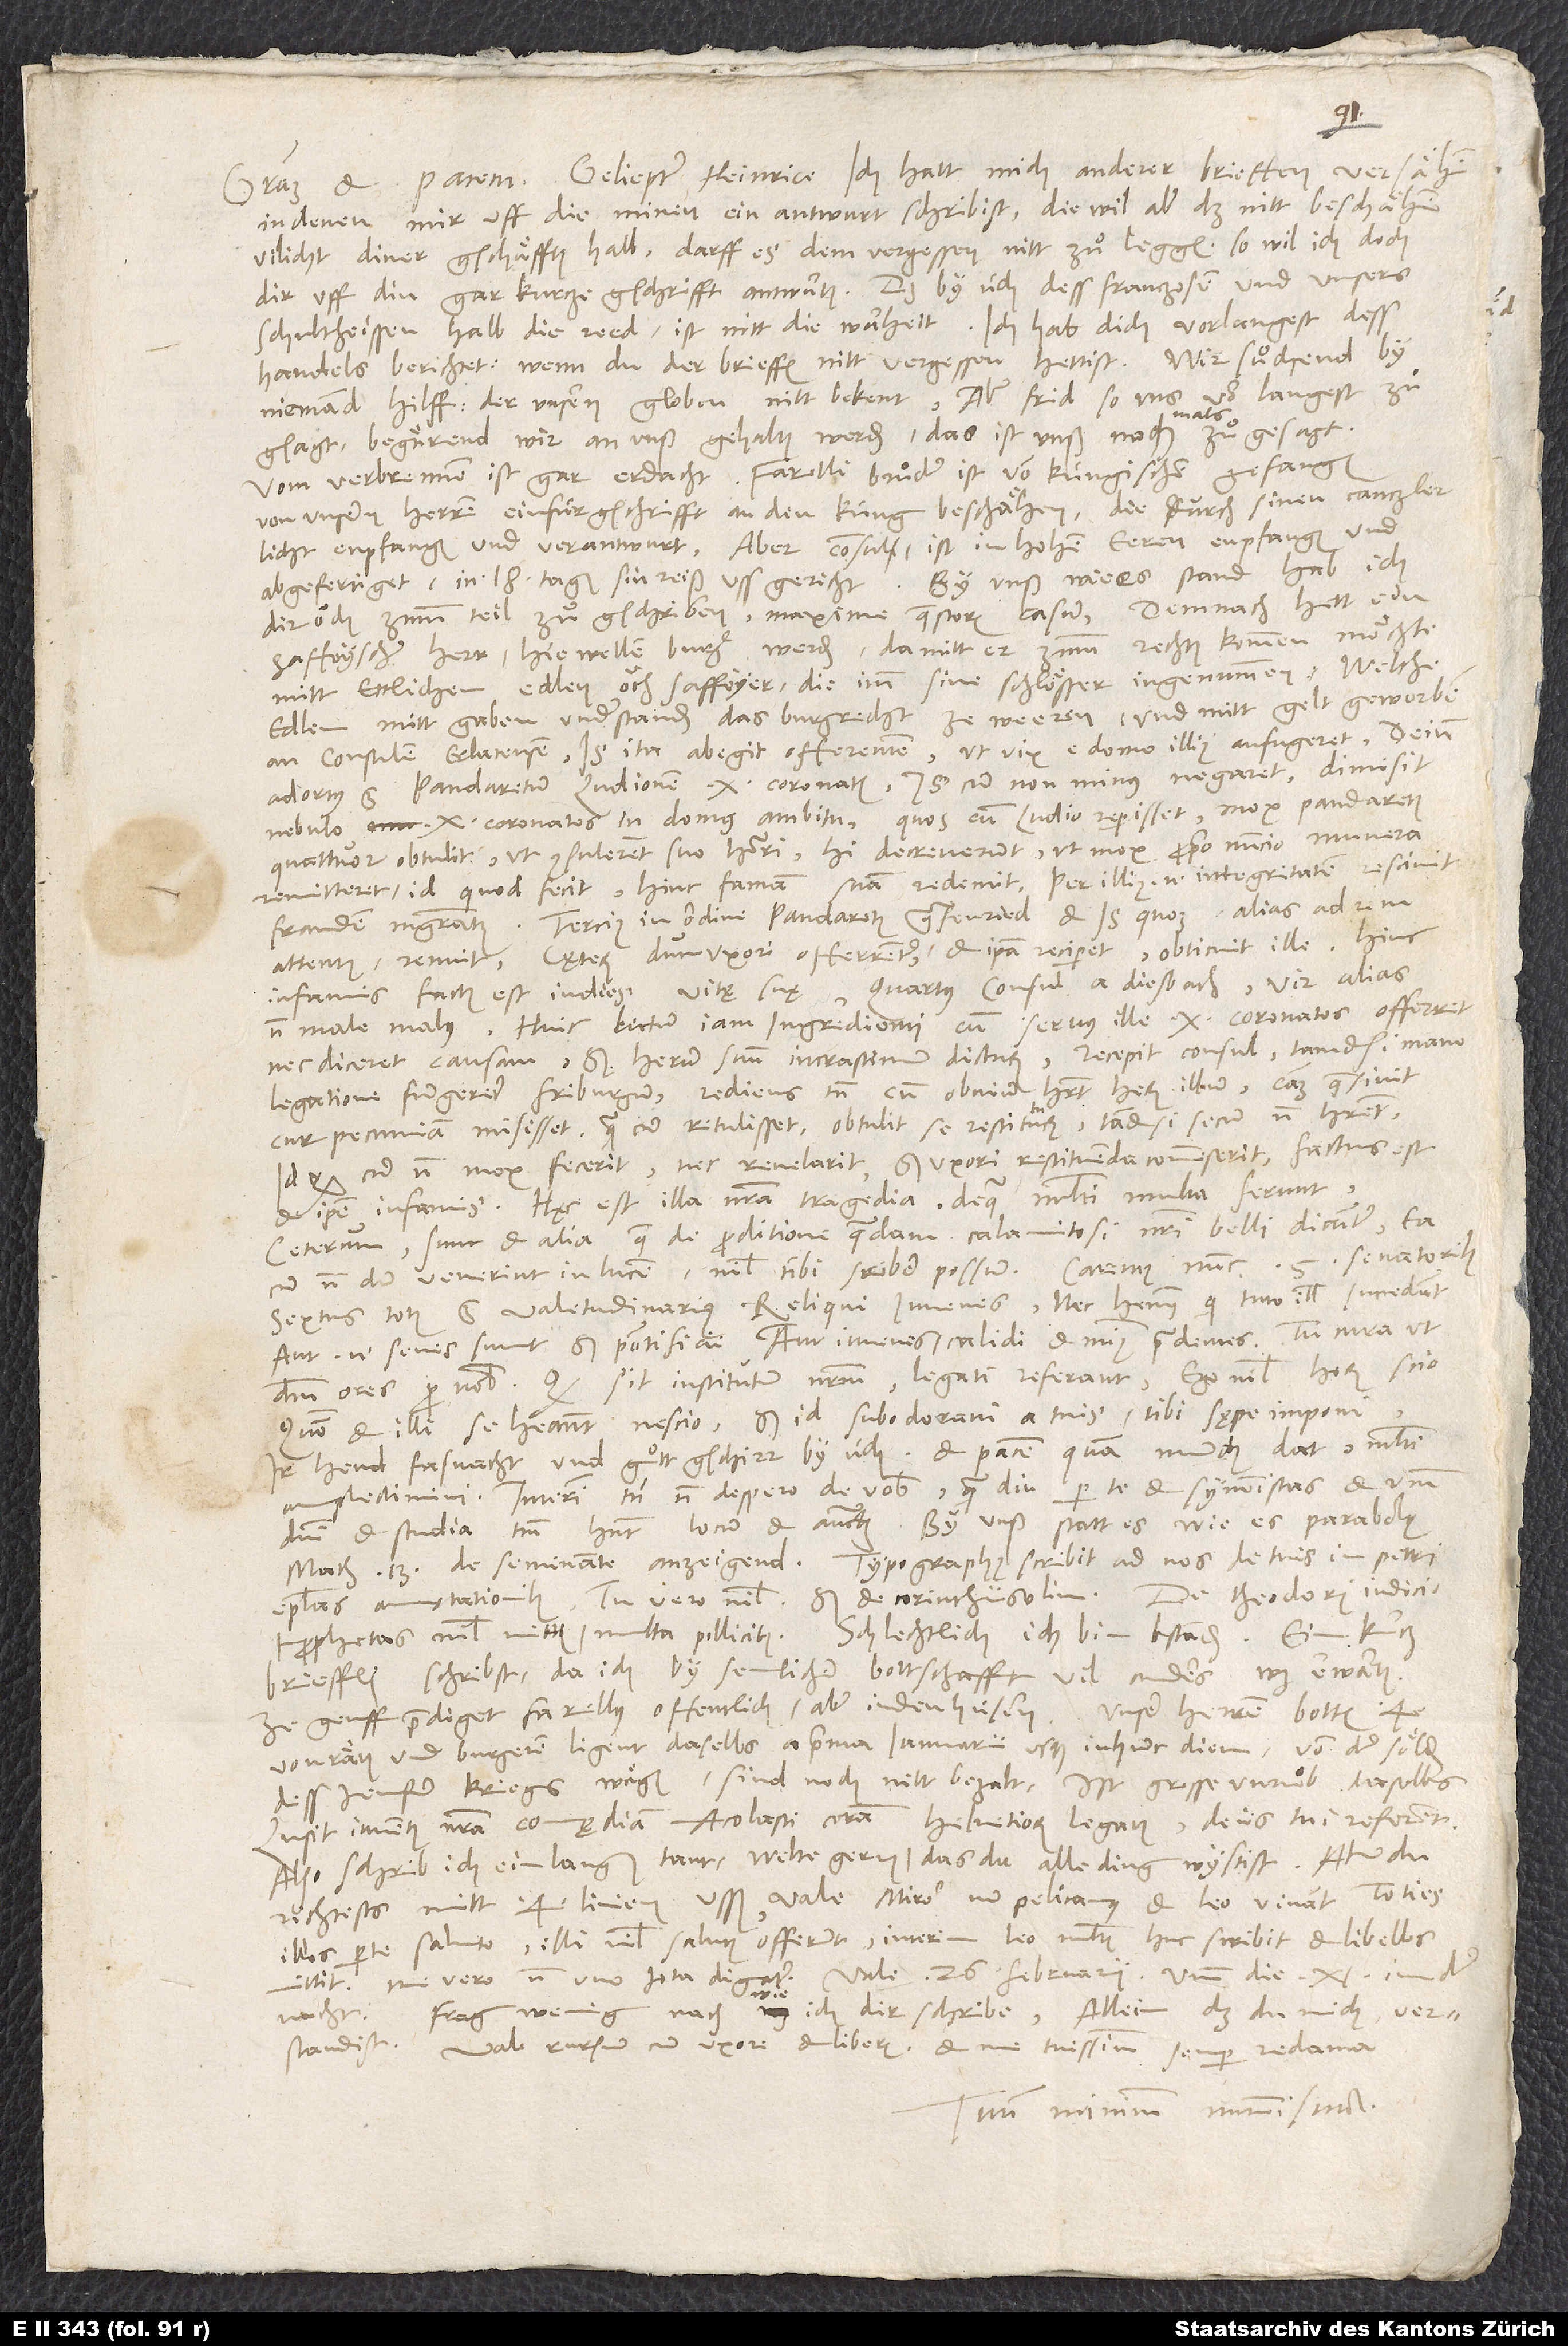
Geliepter Heinrice, ich hatt mich anderer brieffen versähen,
in denen mir uff die minen ein antwurt schribist. Diewil aber das nitt beschähen,
vilicht diner gschäfften halb - darff es dem vergessen nitt zuͦleggen -, so wil ich doch
schultheissen halb die reed, ist nitt die warheit. Ich hab dich vorlangest dess
handels berichtet, wenn du der brieffen nitt vergessen hettist. Wir suͦchend by
niemand hilff, der unsern globen nitt bekent. Aber frid, so uns vorlangest
zuͦgsagt, begärend wir an unß gehalten werden; das ist unß nochmals zuͦgesagt.
Vom verbrennen ist gar erdacht. Farelli bruͦder ist von küngischen gefangen,
von unsern herren ein fürgschrifft an den küng beschähen, die durch sinen canczler
licht enpfangen und verantwurt. Aber consul ist in hohen eeren enpfangen und
By unß wie es stand, hab ich
abgefertiget, in 18 tagen sin reiß ussgericht.
dir ouch zumm teil zuͦgschriben, maxime quaestoris casum. Demnach hett ein
saffoyscher herr hie wellen burger werden, damitt er zumm rechten kommen möchte
mitt ettlichen edlen, ouch Saffoyer, die imm sine schlösser ingenummen, welche
edlen mitt gaben understanden, das burgrecht ze weeren, und mitt gelt geworben
an consulem Erlacensem. Is ita abegit offerentem, ut vix e domo illius aufugeret. Deinde
adortus est pandaretum Ludionem 10 coronatis. Is cum non minus negaret, dimisit
nebulo 10 coronatos in domus ambitu. Quos cum Ludio reperisset, mox pandaretis
quattuor obtulit, ut consulerent suo honori. Hi decreverunt, ut mox proprio nuncio munera
remitteret, id quod fecit. Hinc famam suam redemit. Per illius enim integritatem rescivit
attentus, renuit. Caeterum, dum uxori offerrentur et ipsa reciperet, obticuit ille. Hinc
vitae suae. Quartus consul a Diesbach, vir alias
infamis factus est in dies
non male malus. Huic lectum iam ingredienti cum servus ille 10 coronatos offerret
nec diceret causam, sed herum suum in crastinum dicturum, recepit consul, tametsi mane
legatione fungeretur Friburgum. Rediens tamen cum obvium haberet herum illum, causam quaesivit,
cur pecuniam misisset. Quam cum retulisset, obtulit se restituturum, tametsi secum non haberet,
idque cum non mox fecerit nec revelarit, sed uxori restituenda commisent, factus est
et ipse infamis. Haec est illa nostra tragedia, de qua multi multa ferunt.
Ceterum sunt et alia, quae de proditione quadam calamitosi nostri belli dicuntur. Ea
5 senatoribus.
cum nondum venerint in lucem, nihil tibi scribere possum. Caremus nunc
Sextus totus est valetudinarius, reliqui iuvenes, nec habemus, qui tuto illis succedant.
Aut enim senes sunt, sed pontificii, aut iuvenes calidi et minus prudentes. Tu cura, ut
Quomodo et illi se habeant, nescio. Sed id subodoravi, a tuis tibi sępe imponi.
Ir hend fasnacht und guͦtt gschirr by üch, et pacem, quam mundus dat, multi
amplectimini. Interim tamen non despero de vobis, quamdiu per te et symmistas et verbum
domini et studia tantum habent locum et auctoritatem. By unß statt es, wie es parabolę
epistolas annotationibus, tu vero nihil, sed de Corinthiis olim. De Theodori iudicio
prophetas nihil mittis multa pollicitus. Schlechtlich, ich bin bstanden. Ein kurtz
brieffli schribst, da ich by semlicher bottschafft vil anders was erwarten.
Ze Genff prediget Farellus offentlich, aber in den hüsern. Unser herren botten, 4
von räten und burgeren, ligent daselbs a prima ianuarii usque in hunc diem von der söld
dess Jenfer kriegs wägen, sind noch nitt bezalt. Ist grosse unruͦb daselbs.
Lusit iuventus nostra comędiam Acolasti coram Helvetiorum legatis. De iis tui referent.
Also schrib ich ein langen tant, welte gern, das du alle ding wystist. Aber du
illos per te saluto, illi nihil salutis offerunt. Interim Leo multis huc scribit et libellos
mittit, me vero non uno iota dignatur.
Prag wenig nach, wie ich dir schribe, allein daß du mich verstandist.
Vale rursum cum uxore et liberis et me tuissimum semper redama.
Tuum minimum nummisma.

Id